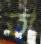
তা